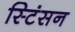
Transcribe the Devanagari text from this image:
स्टिंसन